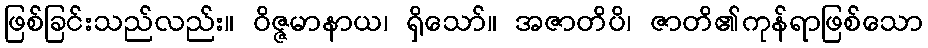
ဖြစ်ခြင်းသည်လည်း။ ဝိဇ္ဇမာနာယ၊ ရှိသော်။ အဇာတိပိ၊ ဇာတိ၏ကုန်ရာဖြစ်သော